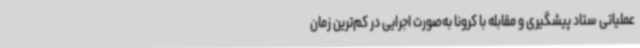
عملیاتی ستاد پیشگیری و مقابله با کرونا به‌صورت اجرایی در کم‌ترین زمان